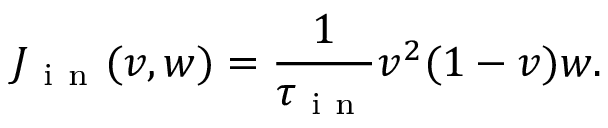
J _ { \mathrm { ~ i ~ n ~ } } ( v , w ) = \frac { 1 } { \tau _ { \mathrm { ~ i ~ n ~ } } } v ^ { 2 } ( 1 - v ) w .